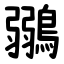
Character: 鶸